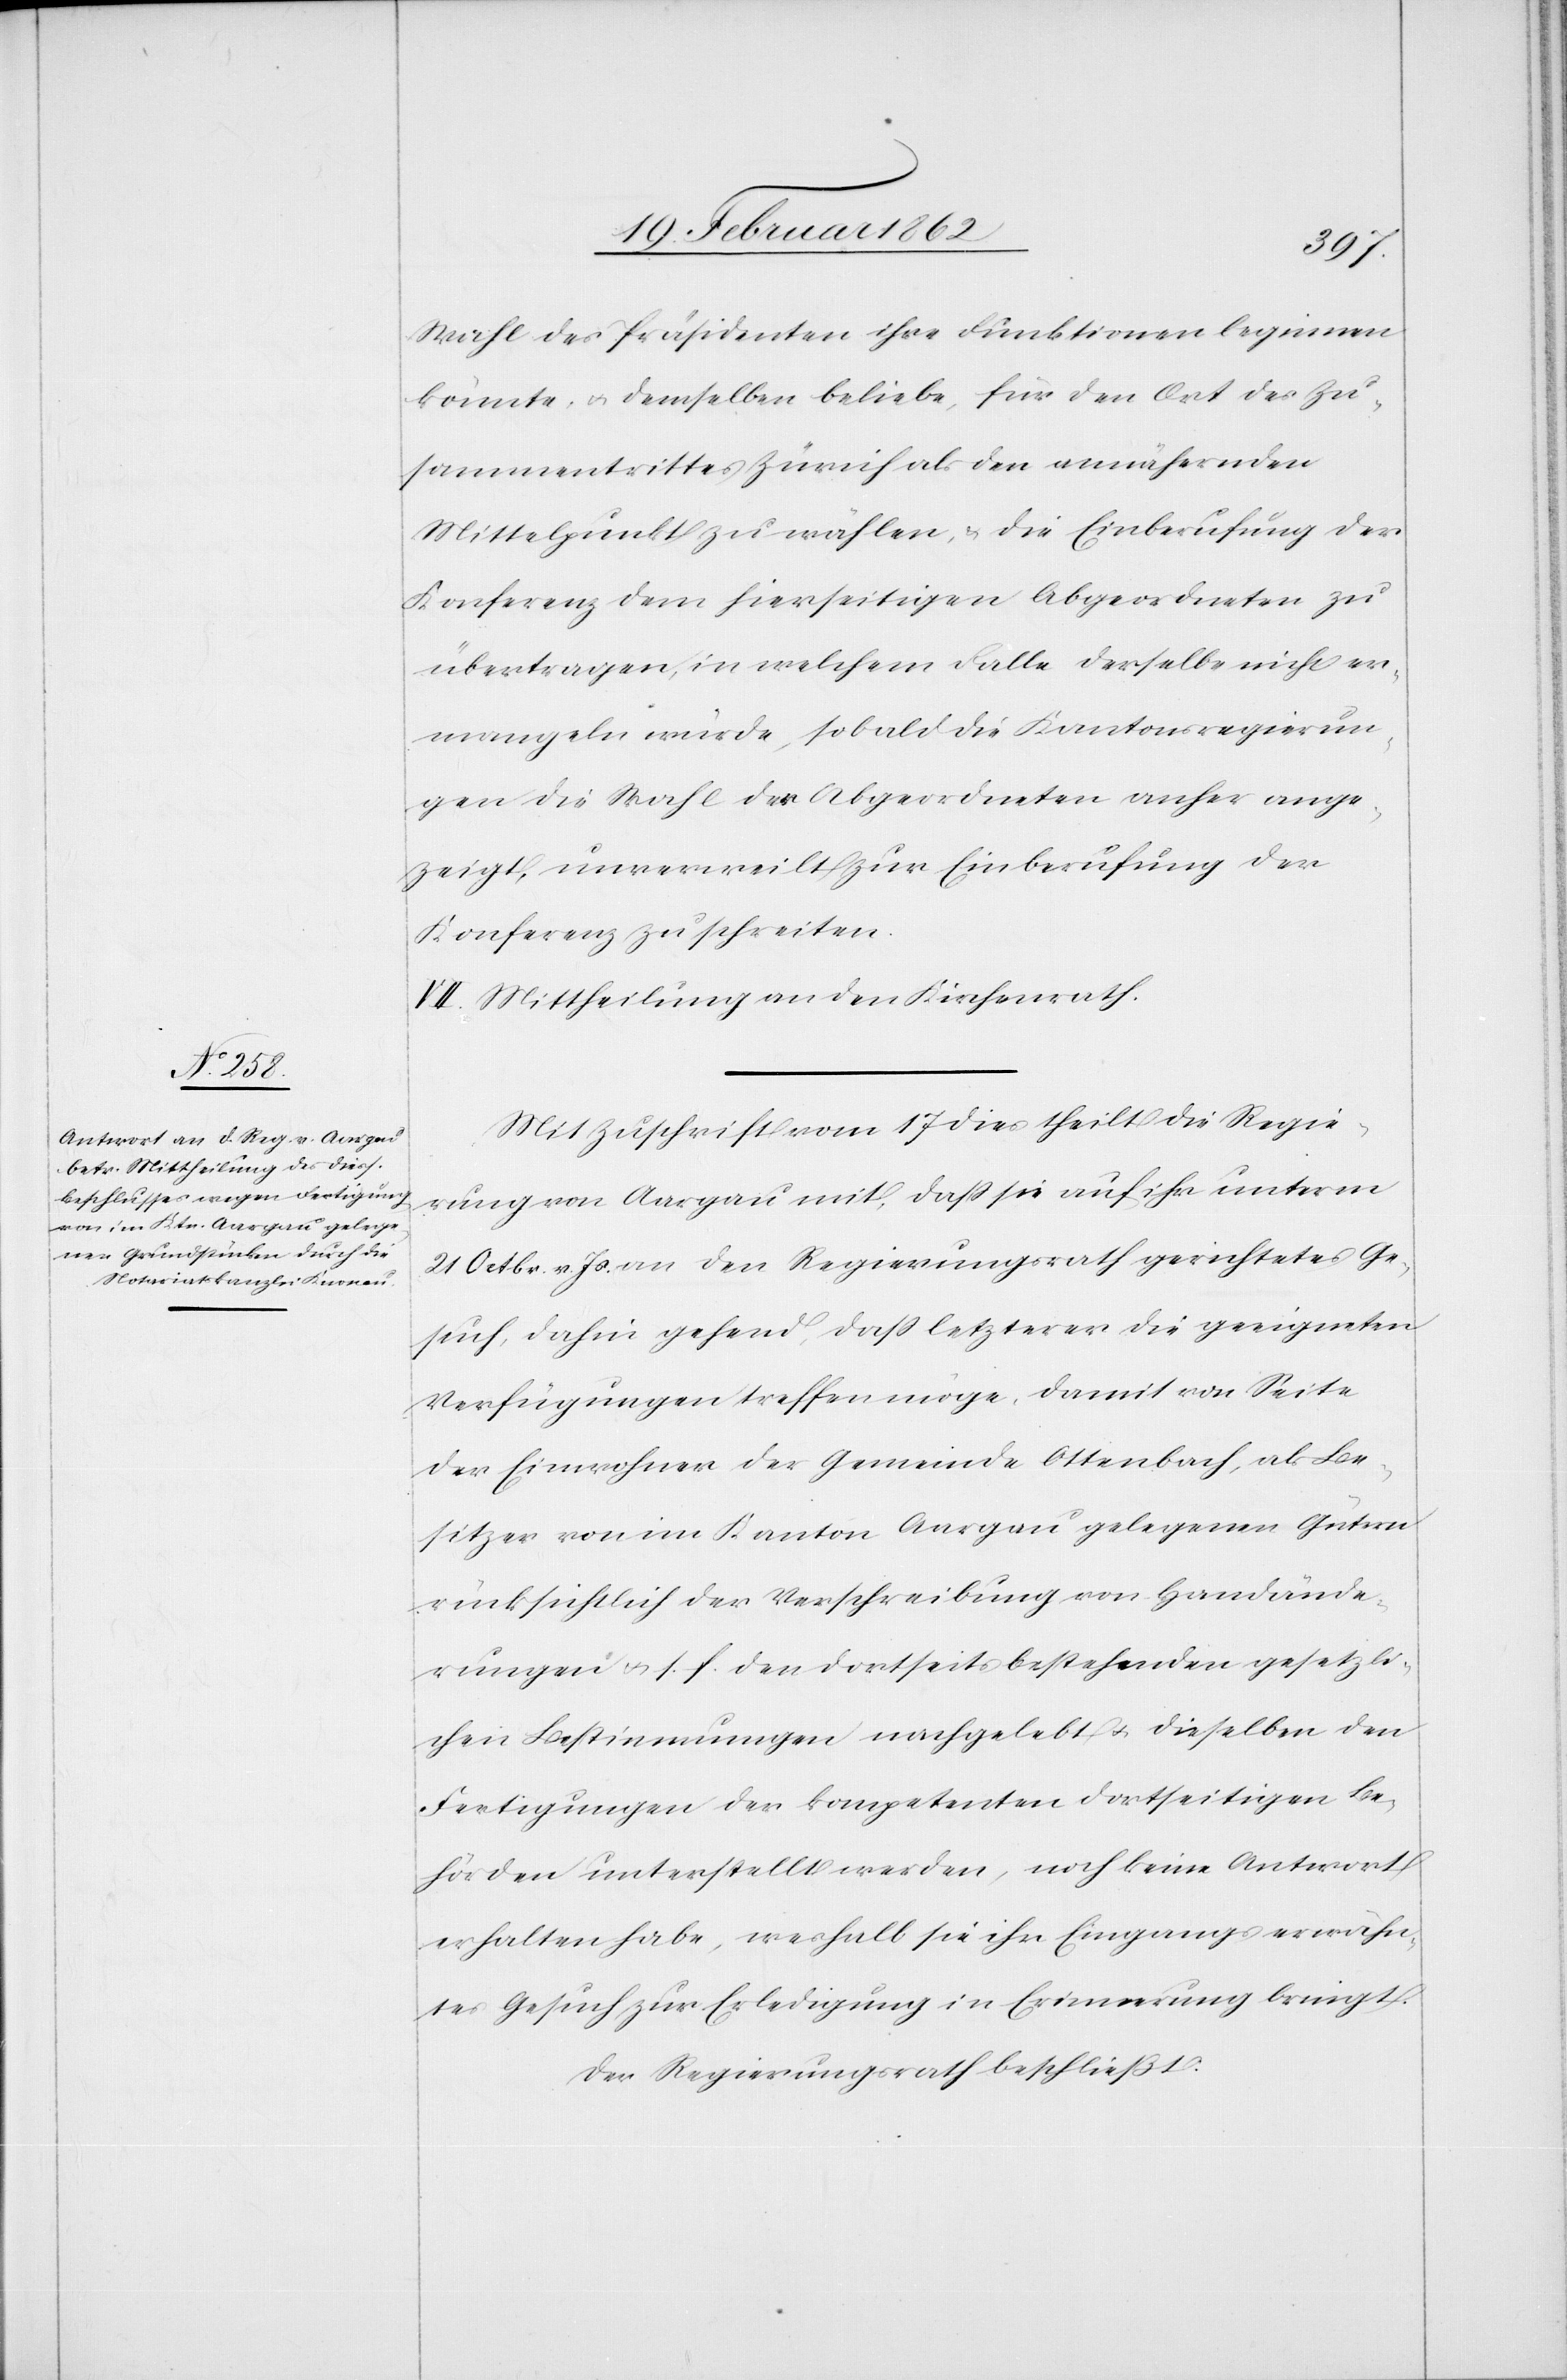
Wahl des Präsidenten ihre Funktionen beginnen
könnte, u. demselben beliebe, für den Ort des Zu¬
sammentrittes Zürich als den annähernden
Mittelpunkt zu wählen, & die Einberufung der
Konferenz dem hierseitigen Abgeordneten zu
übertragen, in welchem Falle derselbe nicht er¬
mangeln würde, sobald die Kantonsregierun¬
gen die Wahl der Abgeordneten anher ange¬
zeigt, unverweilt zur Einberufung der
Konferenz zu schreiten.
VII. Mittheilung an den Kirchenrath.
Mit Zuschrift vom 17 dies theilt die Regie¬
rung von Aargau mit, daß sie auf ihr unterm
21 Octbr. v. Js. an den Regierungsrath gerichtetes Ge¬
such, dahin gehend, daß letzterer die geeigneten
Verfügungen treffen möge, damit von Seite
der Einwohner der Gemeinde Ottenbach, als Be¬
sitzer von im Kanton Aargau gelegenen Gütern
rücksichtlich der Verschreibung von Handände¬
rungen u. s. f. den dortseits bestehenden gesetzli¬
chen Bestimmungen nachgelebt u. dieselben den
Fertigungen der kompetenten dortseitigen Be¬
hörden unterstellt werden, noch keine Antwort
erhalten habe, weshalb sie ihr Eingangs erwähn¬
tes Gesuch zur Erledigung in Erinnerung bringt.
Der Regierungsrath beschließt: